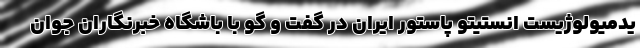
یدمیولوژیست انستیتو پاستور ایران در گفت و گو با باشگاه خبرنگاران جوان